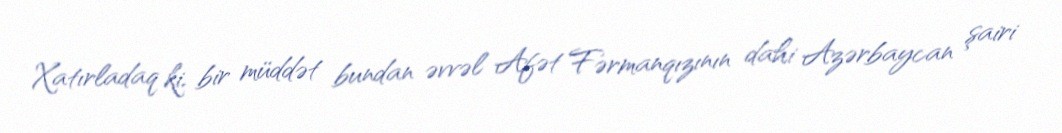
Xatırladaq ki, bir müddət bundan əvvəl Afət Fərmanqızının dahi Azərbaycan şairi